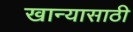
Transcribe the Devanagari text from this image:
खान्यासाठी